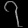
Digit: ၇